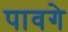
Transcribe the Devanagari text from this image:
पावगे